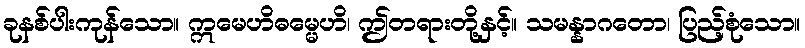
ခုနစ်ပါးကုန်သော။ ဣမေဟိဓမ္မေဟိ၊ ဤတရားတို့နှင့်။ သမန္နာဂတော၊ ပြည့်စုံသော။